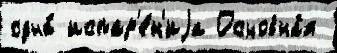
одна́ испар'е́н'иjа Основна́я